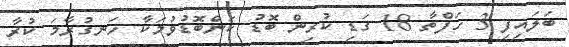
ބަލައިފި 3 ހަފްތާ 18 ގަޑި ކުރިން ބޮޑު ކަންބޮޑުވުމަކާ ހަނގުރާމަ ކުރާ